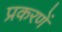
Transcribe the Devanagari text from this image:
प्रकरणें